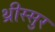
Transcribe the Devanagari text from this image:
थ्रीस्सुर